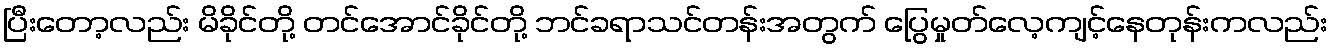
ပြီးတော့လည်း မိခိုင်တို့ တင်အောင်ခိုင်တို့ ဘင်ခရာသင်တန်းအတွက် ပြွေမှုတ်လေ့ကျင့်နေတုန်းကလည်း